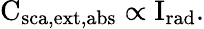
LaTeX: \mathrm{C_{\mathrm{{sca},\mathrm{{ext},\mathrm{{abs}}}}}\propto\mathrm{{I}}_{\mathrm{{rad}}}.}